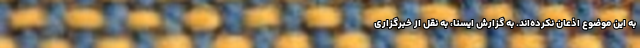
به این موضوع اذعان نکرده‌اند. به گزارش ایسنا، به نقل از خبرگزاری